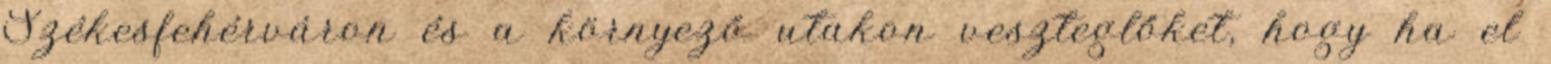
Székesfehérváron és a környező utakon veszteglőket, hogy ha el